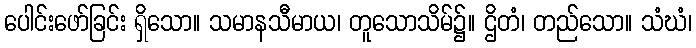
ပေါင်းဖော်ခြင်း ရှိသော။ သမာနသီမာယ၊ တူသောသိမ်၌။ ဌိတံ၊ တည်သော။ သံဃံ၊